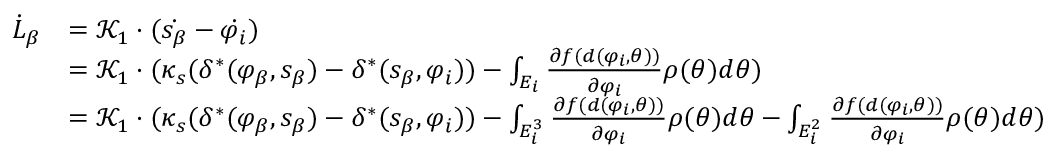
\begin{array} { r l } { \dot { L } _ { \beta } } & { = \mathcal { K } _ { 1 } \cdot ( \dot { s _ { \beta } } - \dot { \varphi _ { i } } ) } \\ & { = \mathcal { K } _ { 1 } \cdot ( \kappa _ { s } ( \delta ^ { * } ( \varphi _ { \beta } , s _ { \beta } ) - \delta ^ { * } ( s _ { \beta } , \varphi _ { i } ) ) - \int _ { E _ { i } } { \frac { \partial f ( d ( \varphi _ { i } , \theta ) ) } { \partial \varphi _ { i } } \rho ( \theta ) d \theta } ) } \\ & { = \mathcal { K } _ { 1 } \cdot ( \kappa _ { s } ( \delta ^ { * } ( \varphi _ { \beta } , s _ { \beta } ) - \delta ^ { * } ( s _ { \beta } , \varphi _ { i } ) ) - \int _ { E _ { i } ^ { 3 } } { \frac { \partial f ( d ( \varphi _ { i } , \theta ) ) } { \partial \varphi _ { i } } \rho ( \theta ) d \theta } - \int _ { E _ { i } ^ { 2 } } { \frac { \partial f ( d ( \varphi _ { i } , \theta ) ) } { \partial \varphi _ { i } } \rho ( \theta ) d \theta } ) } \end{array}